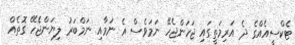
ޓެކްސީއެއްގެ ދެ އަރިމަތީގައި ޖަހަންޖެހޭ ނަމަވެސް އެ ނަމާއި ނަމްބަރު ލިޔަންޖެހޭ ގޮތެއް